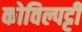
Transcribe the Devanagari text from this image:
कोविल्पट्टी